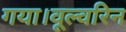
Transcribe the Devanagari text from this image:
गया।वूल्वरिन